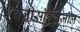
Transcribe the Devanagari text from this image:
बेंज़ीसोक्सैज़ोल